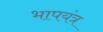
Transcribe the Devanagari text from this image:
भापयंत्र